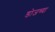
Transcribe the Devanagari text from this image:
डोजच्या